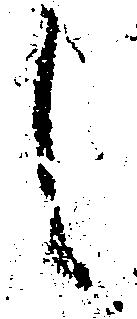
し